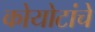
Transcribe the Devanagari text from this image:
कोयोटांचे